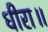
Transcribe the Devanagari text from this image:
धीरा॥